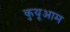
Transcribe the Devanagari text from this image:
कुयूआम